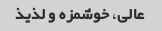
عالی، خوشمزه و لذیذ